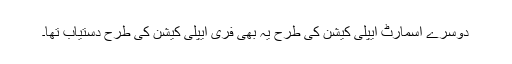
دوسرے اسمارٹ ایپلی کیشن کی طرح یہ بھی فری ایپلی کیشن کی طرح دستیاب تھا۔